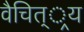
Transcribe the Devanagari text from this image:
वैचित््रय